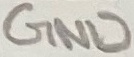
Text: GND